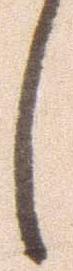
し